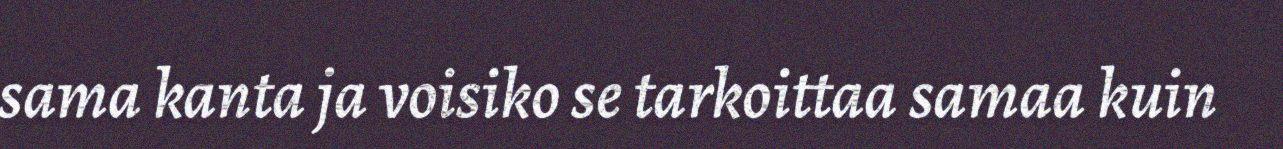
sama kanta ja voisiko se tarkoittaa samaa kuin